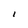
Character: l